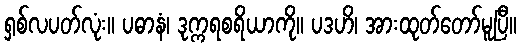
ရှစ်လပတ်လုံး။ ပဓာနံ၊ ဒုက္ကရစရိယာကို။ ပဒဟိ၊ အားထုတ်တော်မူပြီ။